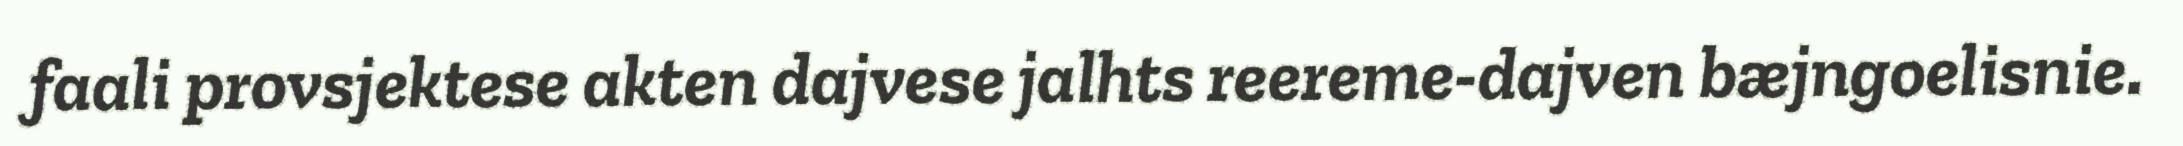
faali provsjektese akten dajvese jalhts reereme-dajven bæjngoelisnie.